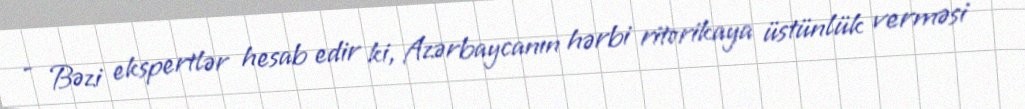
- Bəzi ekspertlər hesab edir ki, Azərbaycanın hərbi ritorikaya üstünlük verməsi